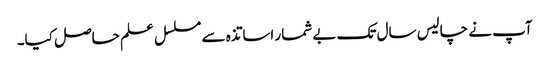
آپ نے چالیس سال تک بے شمار اساتذہ سے مسلسل علم حاصل کیا۔